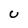
Character: U